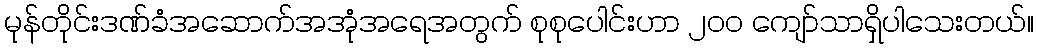
မုန်တိုင်းဒဏ်ခံအဆောက်အအုံအရေအတွက် စုစုပေါင်းဟာ ၂၀၀ ကျော်သာရှိပါသေးတယ်။